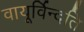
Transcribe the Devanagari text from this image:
वायूर्विन्दति